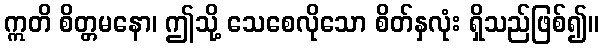
ဣတိ စိတ္တမနော၊ ဤသို့ သေစေလိုသော စိတ်နှလုံး ရှိသည်ဖြစ်၍။